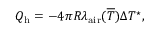
Q _ { \mathrm { h } } = - 4 \pi R \lambda _ { \mathrm { a i r } } ( { \overline { T } } ) \Delta T ^ { \star } ,